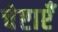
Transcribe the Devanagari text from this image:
चेष्टाएॅं